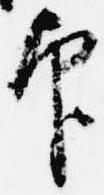
印